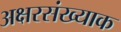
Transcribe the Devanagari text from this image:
अक्षरसंख्याक